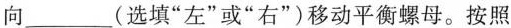
向___(选填“左”或“右”)移动平衡螺母。按照